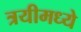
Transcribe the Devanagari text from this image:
त्रयीमध्ये